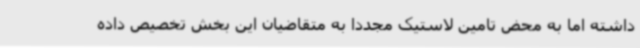
داشته اما به محض تامین لاستیک مجددا به متقاضیان این بخش تخصیص داده